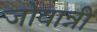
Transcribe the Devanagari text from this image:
जोवान्नी